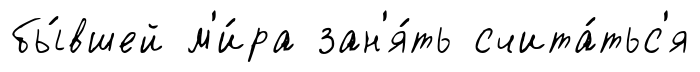
бы́вшей м'и́ра зан'я́ть счита́тьс'я